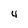
Character: 4